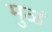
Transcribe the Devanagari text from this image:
मुळं